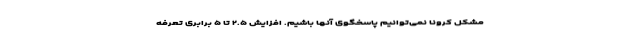
مشکل کرونا نمی‌توانیم پاسخگوی آنها باشیم. افزایش ۲.۵ تا ۵ برابری تعرفه